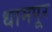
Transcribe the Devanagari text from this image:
धामपूर